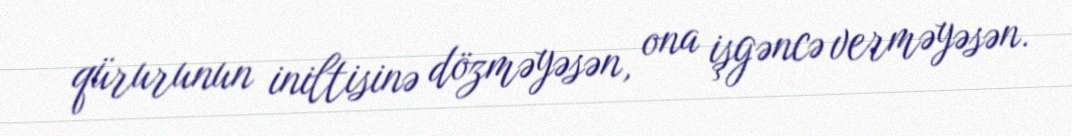
qürurunun iniltisinə dözməyəsən, ona işgəncə verməyəsən.